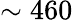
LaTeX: \sim 460